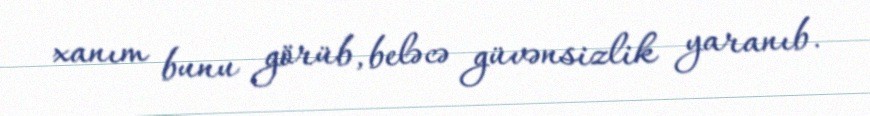
xanım bunu görüb, beləcə güvənsizlik yaranıb.